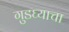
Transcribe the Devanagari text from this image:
गुडघ्याचा